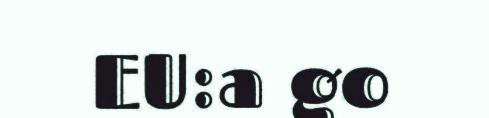
EU:a go